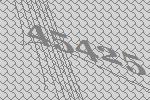
45425